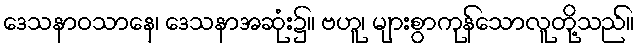
ဒေသနာဝသာနေ၊ ဒေသနာအဆုံး၌။ ဗဟူ၊ များစွာကုန်သောလူတို့သည်။